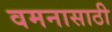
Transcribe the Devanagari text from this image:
वमनासाठी